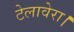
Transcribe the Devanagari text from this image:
टेलावेरा।